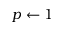
p \gets 1